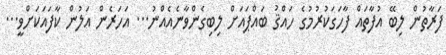
ފަރާތުން ލިބޭ އުފާތައް ފާހަގަކުރުމުގެ ހައްޤު ބައްޕައަށް ލިބިގެންވާނެއެއްނު... އަހަރެން އަލުން ކާފައަކަށްވީ...